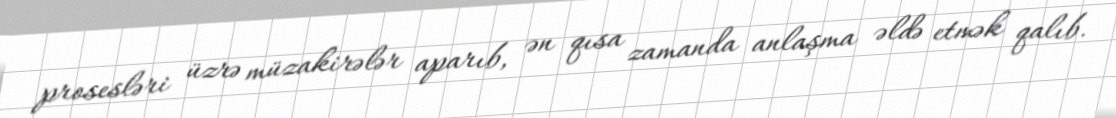
prosesləri üzrə müzakirələr aparıb, ən qısa zamanda anlaşma əldə etmək qalıb.